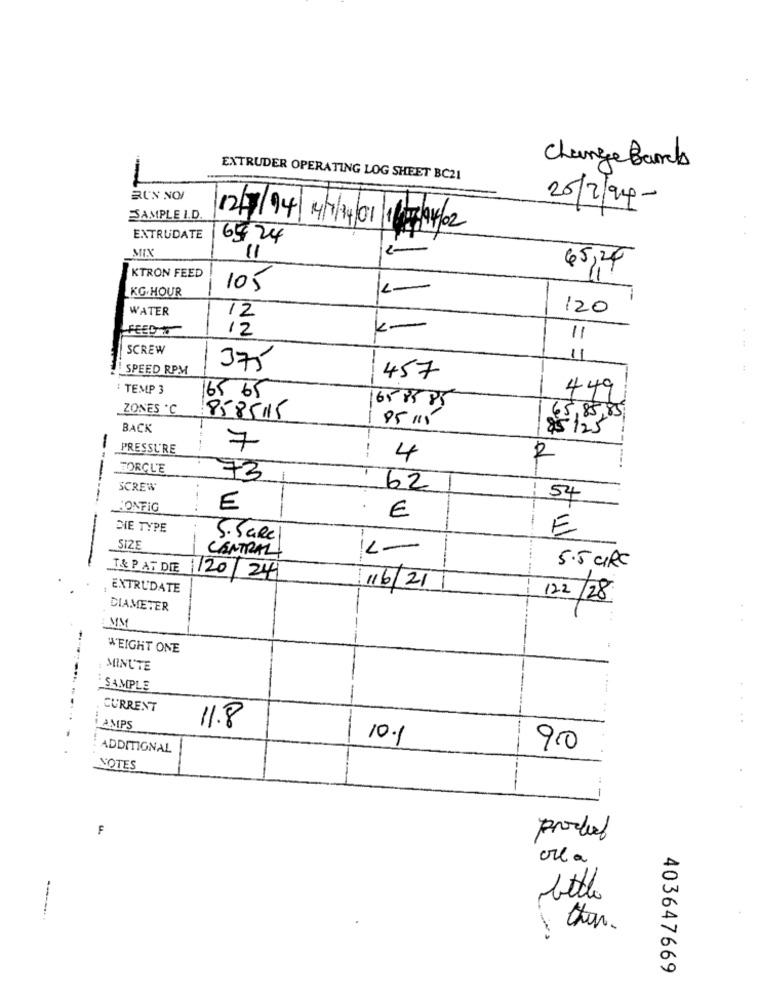
Change Bank
1
EXTRUDER OPERATING LOG SHEET BC21
RUN NO
SAMPLE I.D.
EXTRUDATE
64 24
MIX
2
"1
45,24
KTRON FEED
KG.HOUR
105
1-
WATER
120
12
FEEDO
12
11
SCREW
11
SPEED RPM
375
19 39
457
: TEMP 3
449
ZONES C
65 85 85
8585115
85 /11
BACK
-
PRESSURE
7
--
4
2
-
TORCL'E
73
SCREW
62
54
CONFIG
€
€
DIE TYPE
E
S. Sare
SIZE
1-
-
CENTRAL
T& P AT DIE
5.5 CIRC
1120/24
EXTRUDATE
116/21
122/28
DIAMETER
MM
WEIGHT ONE
MINUTE
SAMPLE
CURRENT
11.8
AMPS
10.1
ADDITIONAL
9.0
NOTES
F
product
olla
bottle
than
403647669